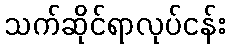
သက်ဆိုင်ရာလုပ်ငန်း